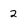
Character: 2